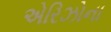
એરિઝોના